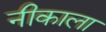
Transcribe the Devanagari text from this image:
नीकाला